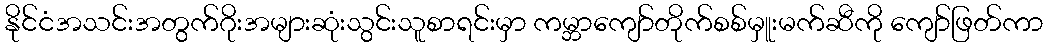
နိုင်ငံအသင်းအတွက်ဂိုးအများဆုံးသွင်းသူစာရင်းမှာ ကမ္ဘာကျော်တိုက်စစ်မှူးမက်ဆီကို ကျော်ဖြတ်ကာ